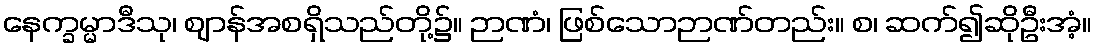
နေက္ခမ္မာဒီသု၊ ဈာန်အစရှိသည်တို့၌။ ဉာဏံ၊ ဖြစ်သောဉာဏ်တည်း။ စ၊ ဆက်၍ဆိုဦးအံ့။